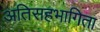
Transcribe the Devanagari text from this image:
अतिसहभागिता